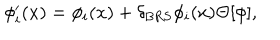
LaTeX: \phi _ { i } ^ { \prime } ( x ) = \phi _ { i } ( x ) + \delta _ { \mathrm { B R S } } \phi _ { i } ( x ) \Theta [ \phi ] ,